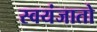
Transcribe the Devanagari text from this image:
स्वयंजातो